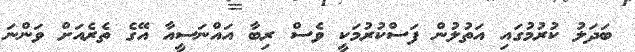
ބަދަލު ކުރުމުގައި އަތުލުން ފަސްކުރުމަކީ ވެސް ރިބާ އައްނަސީއާ އޭގެ ތެރެއަށް ވަންނަ